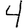
Digit: 4